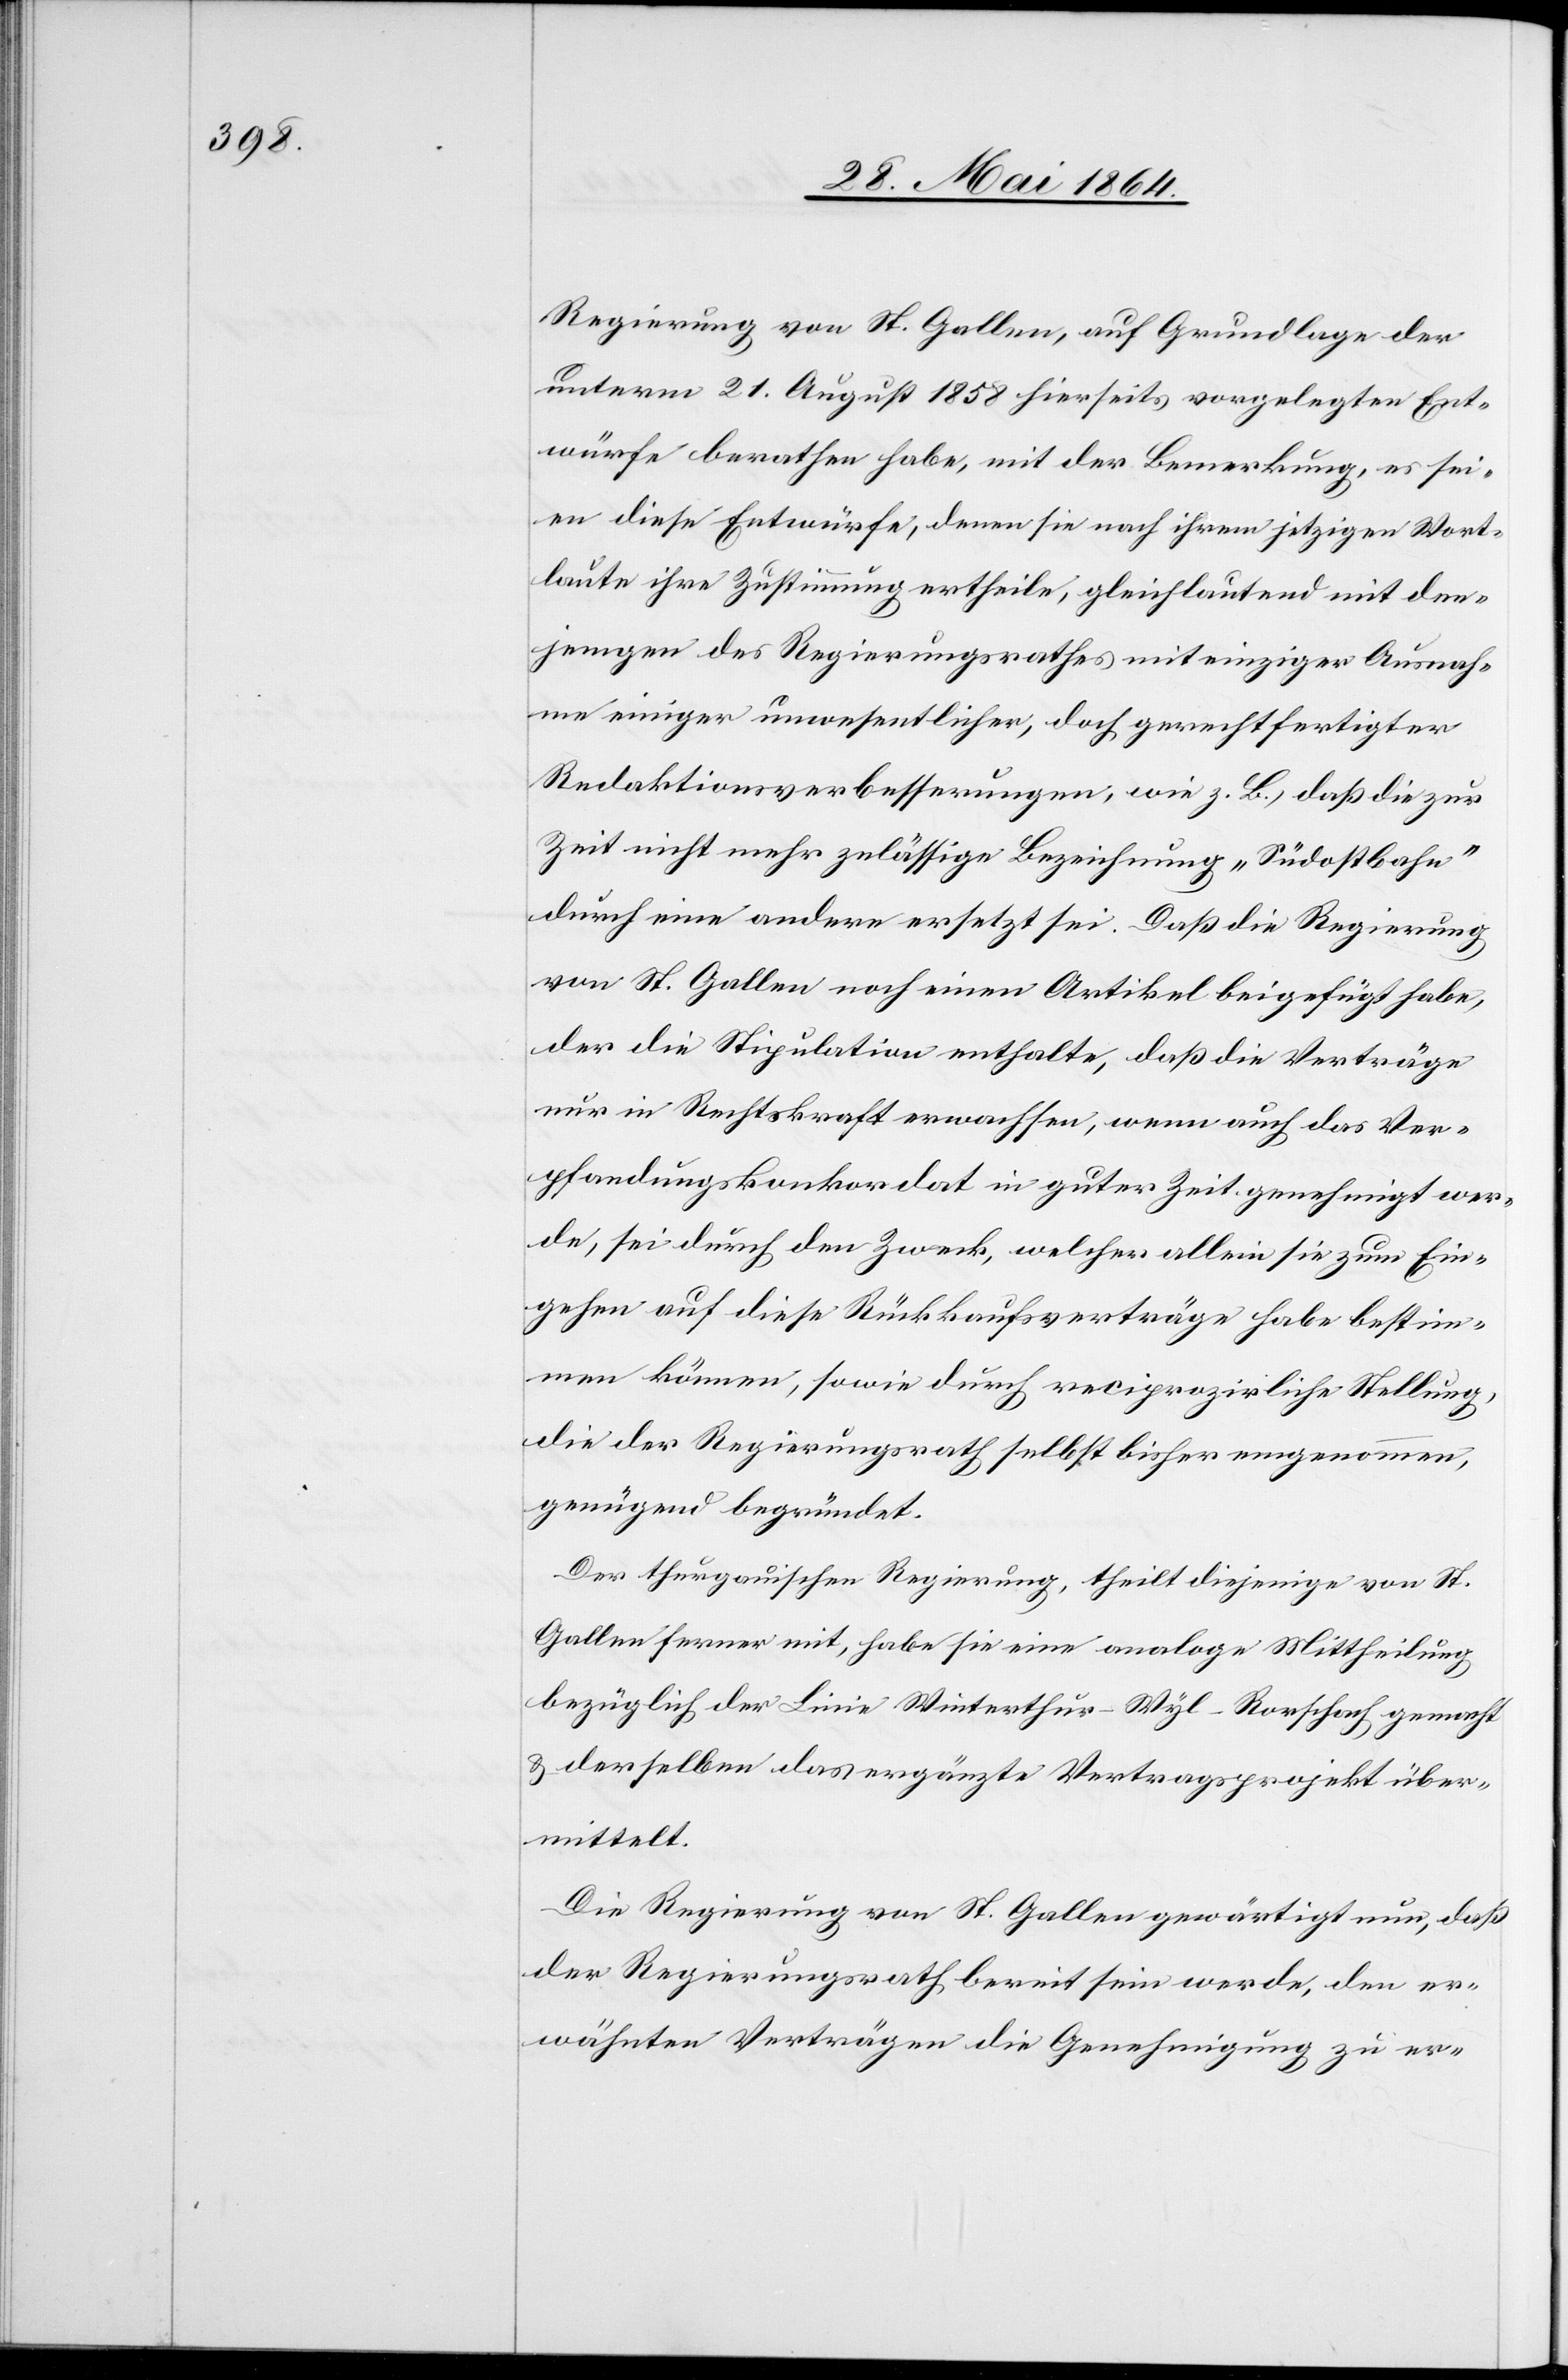
Regierung von St. Gallen, auf Grundlage der
unterm 21. August 1858 hierseits vorgelegten Ent¬
würfe berathen habe, mit der Bemerkung, es sei¬
en diese Entwürfe, denen sie nach ihrem jetzigen Wort¬
laute ihre Zustimmung ertheile, gleichlautend mit den¬
jenigen des Regierungsrathes mit einziger Ausnah¬
me einiger unwesentlicher, doch gerechtfertigter
Redaktionsverbesserungen, wie z. B., daß die zur
Zeit nicht mehr zulässige Bezeichnung „Südostbahn“
durch eine andere ersetzt sei. Daß die Regierung
von St. Gallen noch einen Artikel beigefügt habe,
der die Stipulation enthalte, daß die Verträge
nur in Rechtskraft erwachsen, wenn auch das Ver¬
pfändungskonkordat in guter Zeit genehmigt wer¬
de, sei durch den Zweck, welcher allein sie zum Ein¬
gehen auf diese Rückkaufsverträge habe bestim¬
men können, sowie durch reciprozirliche Stellung,
die der Regierungsrath selbst bisher eingenommen,
genügend begründet.
Der thurgauischen Regierung, theilt diejenige von St.
Gallen ferner mit, habe sie eine analoge Mittheilung
bezügliche der Linie Winterthur–Wyl–Rorschach gemacht
u. derselben das ergänzte Vertragsprojekt über¬
mittelt.
Die Regierung von St. Gallen gewärtigt nun, daß
der Regierungsrath bereit sein werde, den er¬
wähnten Verträgen die Genehmigung zu er-